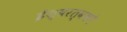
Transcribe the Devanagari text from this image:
ईश्वरत्वको